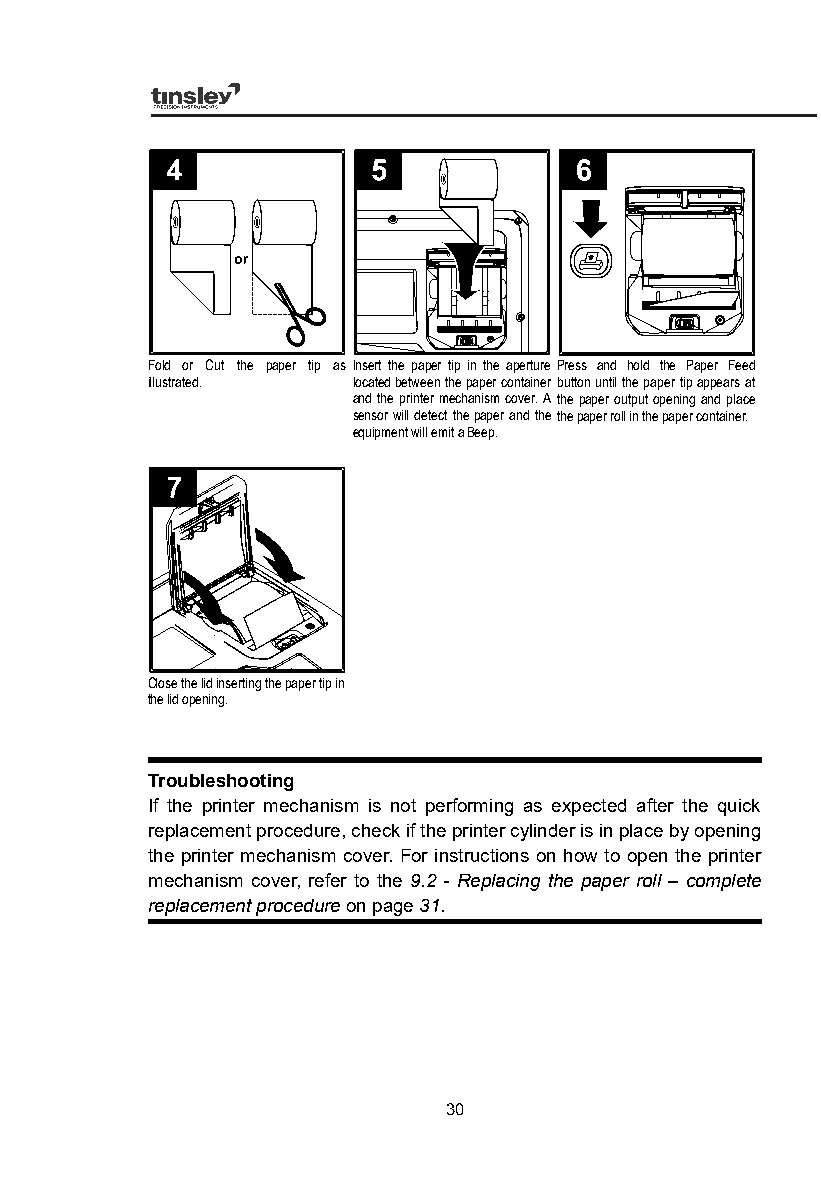
Fold or Cut the paper tip as Insert the paper tip in the aperture Press and hold the Paper Feed
 illustrated. located between the paper container button until the paper tip appears at
 and the printer mechanism cover. A the paper output opening and place
 sensor will detect the paper and thethe paper roll in the paper container.
 equipment will emit a Beep.
 Close the lid inserting the paper tip in
 the lid opening.
 Troubleshooting
 If the printer mechanism is not performing as expected after the quick
 replacement procedure, check if the printer cylinder is in place by opening
 the printer mechanism cover. For instructions on how to open the printer
 mechanism cover, refer to the 9.2 - Replacing the paper roll – complete
 replacement procedure on page 31.
 30